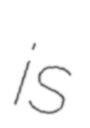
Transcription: is